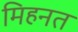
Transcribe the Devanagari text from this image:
मिहनत